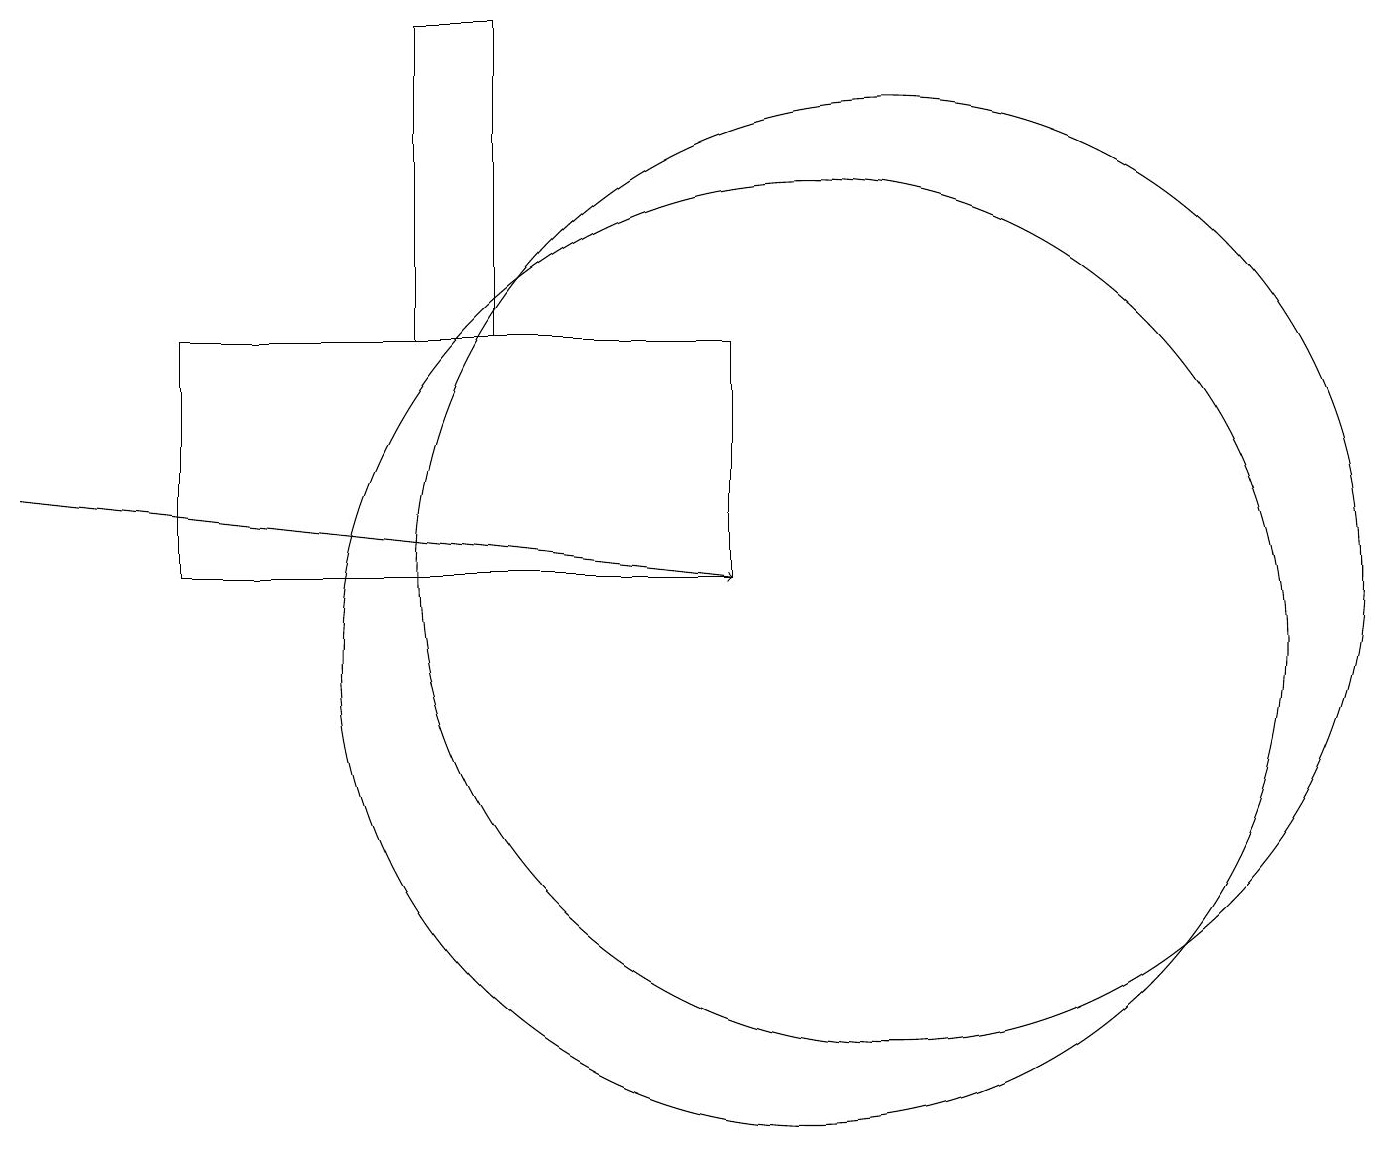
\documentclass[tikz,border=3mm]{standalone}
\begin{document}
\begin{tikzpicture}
\draw (10,10) circle (6);
\draw[->] (0,12) -- (9,11);
\draw (6,18) rectangle (5,14);
\draw (11,11) circle (6);
\draw (9,14) rectangle (2,11);
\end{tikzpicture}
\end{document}